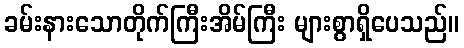
ခမ်းနားသောတိုက်ကြီးအိမ်ကြီး များစွာရှိပေသည်။